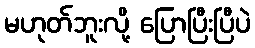
မဟုတ်ဘူးလို့ ပြောပြီးပြီပဲ